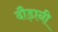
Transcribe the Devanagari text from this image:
दौड़ानी